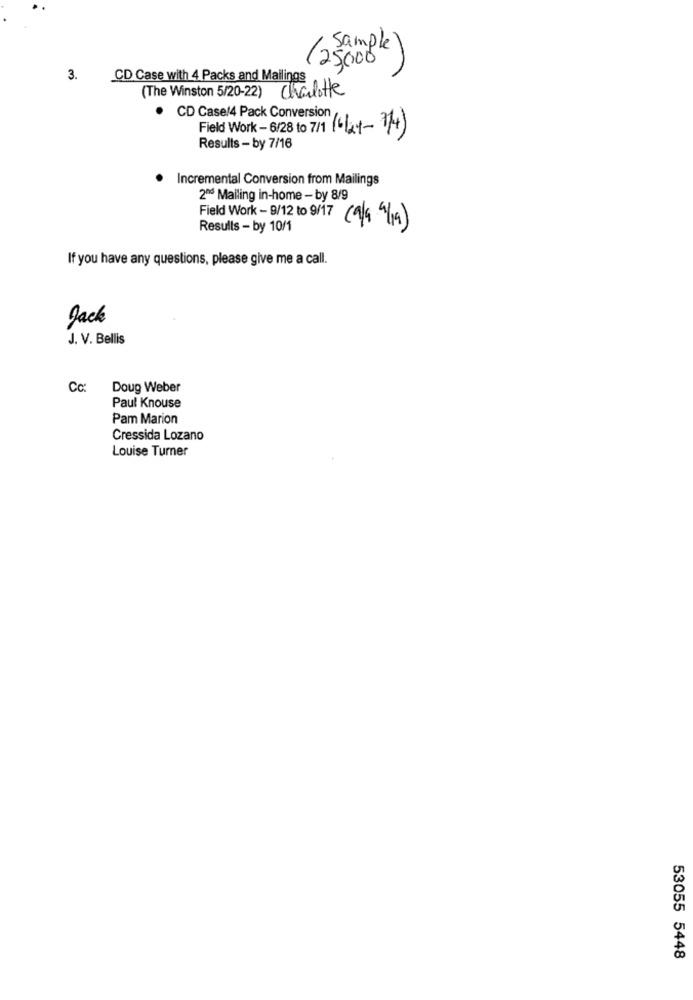
· Sample
(25000
3.
CD Case with 4 Packs and Mailings
(The Winston 5/20-22) Charlotte
CD Case/4 Pack Conversion
Field Work - 6/28 to 7/1 (6 2.1- 1/4)
Results - by 7/16
. Incremental Conversion from Mailings
2ªª Mailing in-home - by 8/9
Results - by 10/1
( 9/4 /19 )
If you have any questions, please give me a call.
Jack
J. V. Bellis
Cc:
Doug Weber
Paul Knouse
Pam Marion
Cressida Lozano
Louise Turner
53055 5448